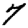
Digit: 7